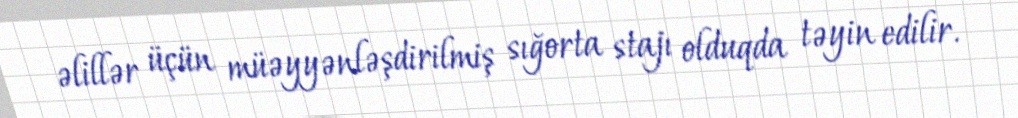
əlillər üçün müəyyənləşdirilmiş sığorta stajı olduqda təyin edilir.